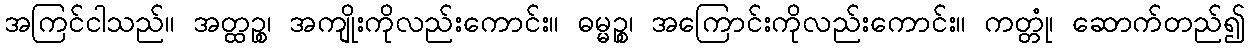
အကြင်ငါသည်။ အတ္ထဉ္စ၊ အကျိုးကိုလည်းကောင်း။ ဓမ္မဉ္စ၊ အကြောင်းကိုလည်းကောင်း။ ကတ္တုံ၊ ဆောက်တည်၍